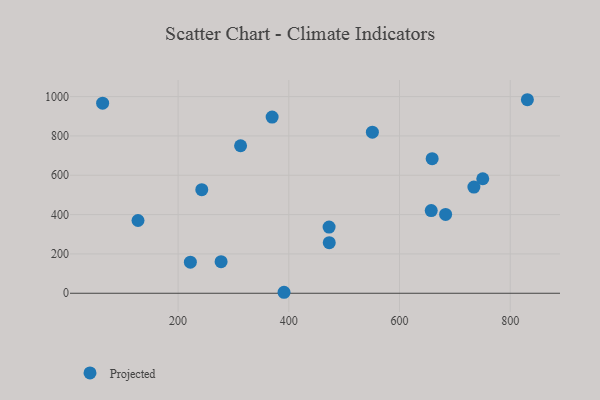
{"axis": {"x": "Investment", "y": "Demand"}, "legend": ["Projected"], "data": [{"x": "242.8", "y": 526.7, "type": "Projected"}, {"x": "127.6", "y": 369.9, "type": "Projected"}, {"x": "551.0", "y": 818.9, "type": "Projected"}, {"x": "222.2", "y": 158.0, "type": "Projected"}, {"x": "750.4", "y": 582.3, "type": "Projected"}, {"x": "391.4", "y": 5.0, "type": "Projected"}, {"x": "657.3", "y": 420.5, "type": "Projected"}, {"x": "659.0", "y": 684.4, "type": "Projected"}, {"x": "473.1", "y": 257.4, "type": "Projected"}, {"x": "277.7", "y": 160.6, "type": "Projected"}, {"x": "63.7", "y": 966.7, "type": "Projected"}, {"x": "683.3", "y": 400.6, "type": "Projected"}, {"x": "312.9", "y": 749.9, "type": "Projected"}, {"x": "472.8", "y": 336.5, "type": "Projected"}, {"x": "369.9", "y": 895.8, "type": "Projected"}, {"x": "734.4", "y": 540.0, "type": "Projected"}, {"x": "831.0", "y": 984.0, "type": "Projected"}]}